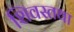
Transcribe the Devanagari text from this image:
शिवस्तथा